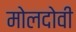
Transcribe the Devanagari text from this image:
मोलदोवी